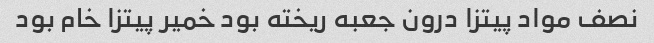
نصف مواد پیتزا درون جعبه ریخته بود خمیر پیتزا خام بود